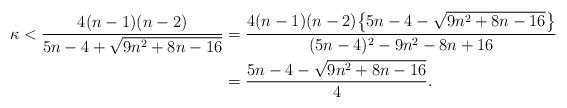
LaTeX: \begin{align*}\kappa<\frac{4(n-1)(n-2)}{5n-4+\sqrt{9n^2+8n-16}}&=\frac{4(n-1)(n-2)\big\{5n-4-\sqrt{9n^2+8n-16}\big\}}{(5n-4)^2-9n^2-8n+16}\\&=\frac{5n-4-\sqrt{9n^2+8n-16}}{4}.\end{align*}